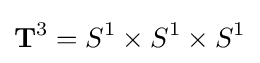
\mathbf {T} ^{3}=S^{1}\times S^{1}\times S^{1}